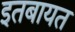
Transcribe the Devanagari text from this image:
इतबायत